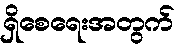
ရှိစေရေးအတွက်